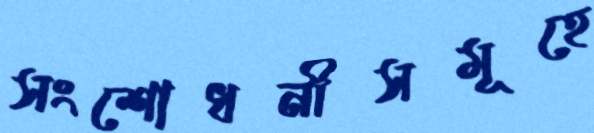
সংশোধনীসমূহে